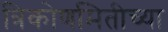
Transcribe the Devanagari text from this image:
त्रिकोणमितीच्या